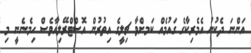
އަންނަ ދެކުނު އެމެރިކާގެ ގައުމެއް ކަމށްވާ ޗިލީގެ އިތުރުން އޮސްޓްރޭލިއާވެސް ހިމެނެނީ މި